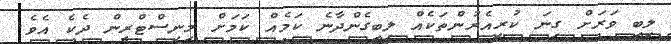
ލިބި ވަރަށް ގިނަ ކުރިއެރުންތަކެއް ލިބިގެންދާނެ ކަމެއް ކަމަށް މިނިސްޓްރީން ދެކެ އެވެ.